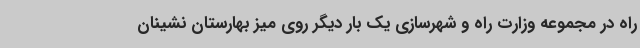
راه در مجموعه وزارت راه و شهرسازی یک بار دیگر روی میز بهارستان نشینان